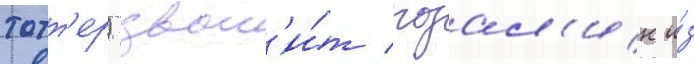
тотт'ер) звон'и́т розал'ин и́з